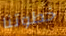
خطوتنا